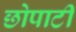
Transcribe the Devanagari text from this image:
छोपाटी